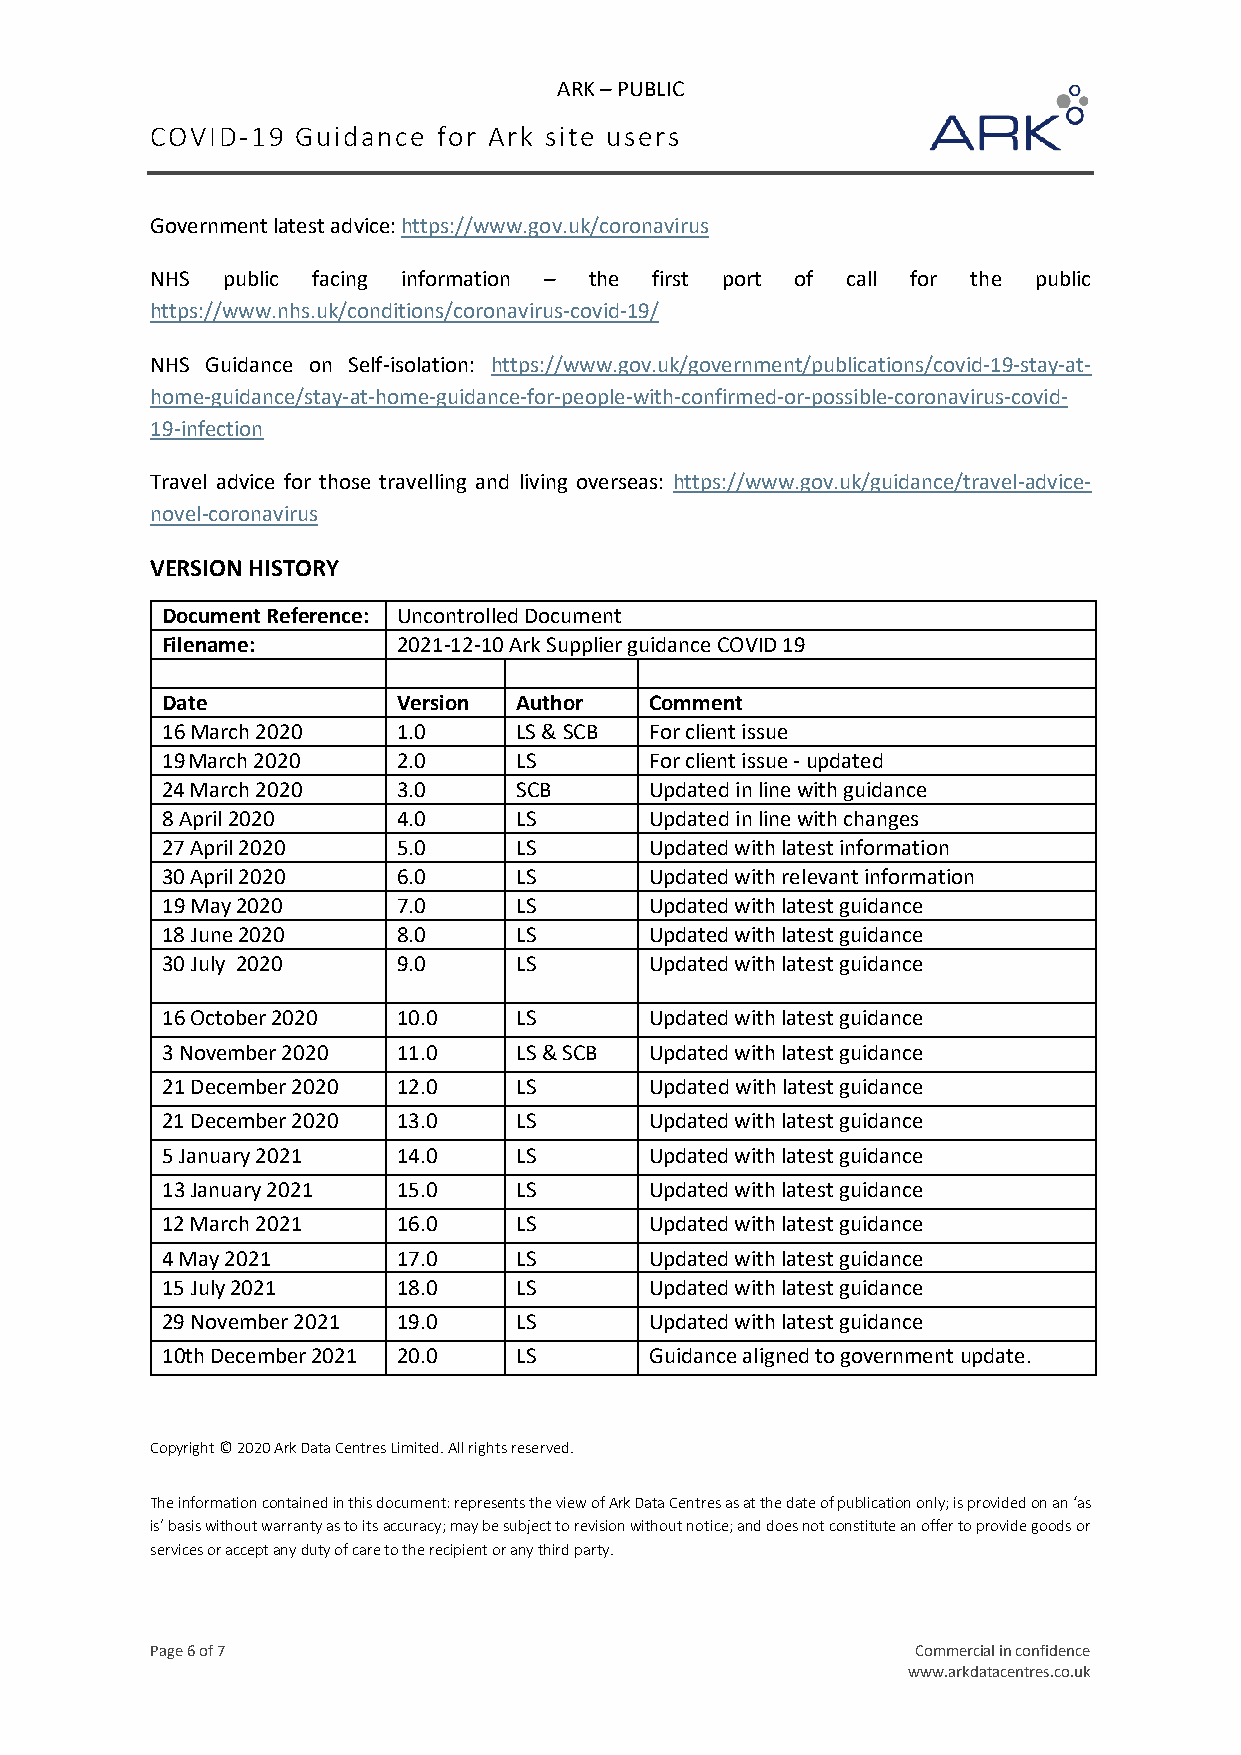
ARK – PUBLIC
 COVID-19  Guidance for Ark site users
 Government latest advice: https://www.gov.uk/coronavirus
 NHS  public facing information – the first port of call for the public
 https://www.nhs.uk/conditions/coronavirus-covid-19/
 NHS Guidance on Self-isolation: https://www.gov.uk/government/publications/covid-19-stay-at-
 home-guidance/stay-at-home-guidance-for-people-with-confirmed-or-possible-coronavirus-covid-
 19-infection
 Travel advice for those travelling and living overseas: https://www.gov.uk/guidance/travel-advice-
 novel-coronavirus
 VERSION HISTORY
 Document Reference: Uncontrolled Document
 Filename:      2021-12-10 Ark Supplier guidance COVID 19
 Date           Version Author   Comment
 16 March 2020  1.0     LS & SCB For client issue
 19 March 2020  2.0     LS       For client issue - updated
 24 March 2020  3.0     SCB      Updated in line with guidance
 8 April 2020   4.0     LS       Updated in line with changes
 27 April 2020  5.0     LS       Updated with latest information
 30 April 2020  6.0     LS       Updated with relevant information
 19 May 2020    7.0     LS       Updated with latest guidance
 18 June 2020   8.0     LS       Updated with latest guidance
 30 July 2020   9.0     LS       Updated with latest guidance
 16 October 2020 10.0   LS       Updated with latest guidance
 3 November 2020 11.0   LS & SCB Updated with latest guidance
 21 December 2020 12.0  LS       Updated with latest guidance
 21 December 2020 13.0  LS       Updated with latest guidance
 5 January 2021 14.0    LS       Updated with latest guidance
 13 January 2021 15.0   LS       Updated with latest guidance
 12 March 2021  16.0    LS       Updated with latest guidance
 4 May 2021     17.0    LS       Updated with latest guidance
 15 July 2021   18.0    LS       Updated with latest guidance
 29 November 2021 19.0  LS       Updated with latest guidance
 10th December 2021 20.0 LS      Guidance aligned to government update.
 Copyright © 2020 Ark Data Centres Limited. All rights reserved.
 The information contained in this document: represents the view of Ark Data Centres as at the date of publication only; is provided on an ‘as
 is’ basis without warranty as to its accuracy; may be subject to revision without notice; and does not constitute an offer to provide goods or
 services or accept any duty of care to the recipient or any third party.
 Page 6 of 7                                        Commercial in confidence
 www.arkdatacentres.co.uk